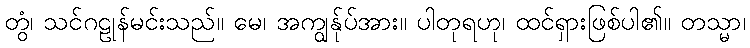
တွံ၊ သင်ဂဠုန်မင်းသည်။ မေ၊ အကျွန်ုပ်အား။ ပါတုရဟု၊ ထင်ရှားဖြစ်ပါ၏။ တသ္မာ၊